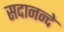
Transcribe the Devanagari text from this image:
सदानन्दे